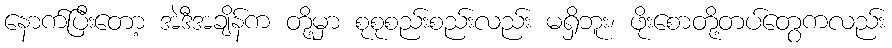
နောက်ပြီးတော့ အဲဒီအချိန်က တို့မှာ စုစုစည်းစည်းလည်း မရှိဘူး၊ ဖိုးစောတို့တပ်တွေကလည်း